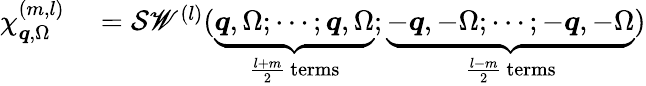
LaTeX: \begin{array}{rl}{\chi_{\boldsymbol{q},\Omega}^{(m,l)}}&{{}=\mathcal{S}\mathscr{W}^{(l)}(\underbrace{\boldsymbol{q},\Omega;\cdots;\boldsymbol{q},\Omega}_{\frac{l+m}{2}\, \mathrm{terms}};\underbrace{-\boldsymbol{q},-\Omega;\cdots;-\boldsymbol{q},-\Omega}_{\frac{l-m}{2}\, \mathrm{terms}})}\end{array}